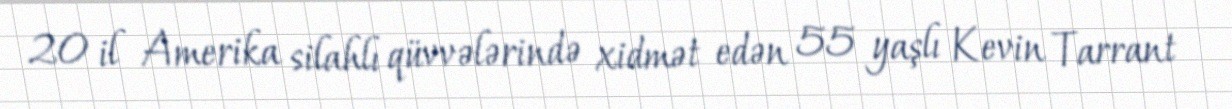
20 il Amerika silahlı qüvvələrində xidmət edən 55 yaşlı Kevin Tarrant